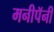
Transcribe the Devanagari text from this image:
मनीपॅनी